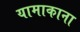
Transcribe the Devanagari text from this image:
यामाकाना